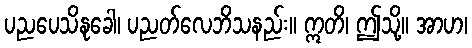
ပညပေသိနုခေါ၊ ပညတ်လေဘိသနည်း။ ဣတိ၊ ဤသို့။ အာဟ၊